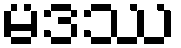
မဒဿ